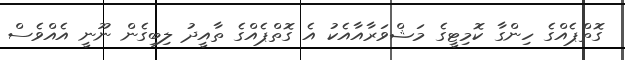
ގޮތްޕެއްގެ ހިންގާ ކޮމިޓީގެ މަޝްވަރާއާއެކު އެ ގޮތްޕެއްގެ ތާއީދު ލިބިގެން ނޫނީ އެއްވެސް